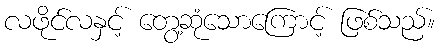
လဖိုင်လနှင့် တွေ့ဆုံသောကြောင့် ဖြစ်သည်။